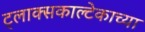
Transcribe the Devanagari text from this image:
ट्लाक्सकाल्टेकाच्या